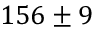
1 5 6 \pm 9